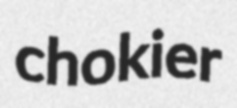
chokier